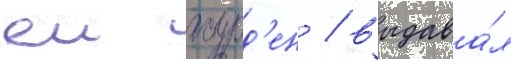
еи журд'ен / выдава́л